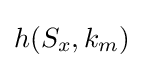
h(S_{x},k_{m})